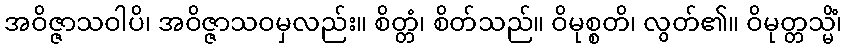
အဝိဇ္ဇာသဝါပိ၊ အဝိဇ္ဇာသဝမှလည်း။ စိတ္တံ၊ စိတ်သည်။ ဝိမုစ္စတိ၊ လွတ်၏။ ဝိမုတ္တသ္မိံ၊